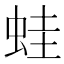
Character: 蛙